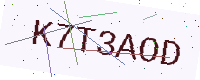
Text: K7T3AOD